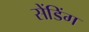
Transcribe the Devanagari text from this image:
सेंडिंग